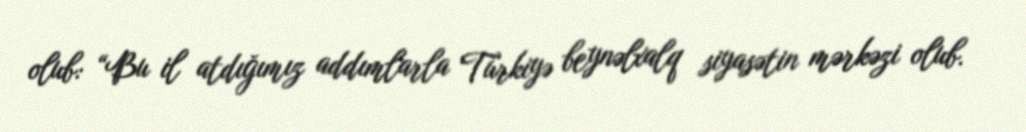
olub: “Bu il atdığımız addımlarla Türkiyə beynəlxalq siyasətin mərkəzi olub.